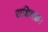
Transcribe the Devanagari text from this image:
राशिचक्र।